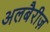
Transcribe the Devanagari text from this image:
अलबैरीज़